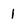
Character: 1